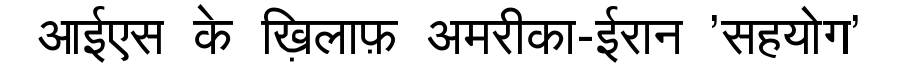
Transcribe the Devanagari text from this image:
आईएस के ख़िलाफ़ अमरीका-ईरान 'सहयोग'